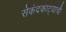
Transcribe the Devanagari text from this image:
सेकंदकाट्याची